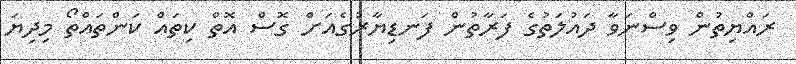
ރައްޔިތުން ވިސްނަވާ ދައުލަތުގެ ފަރާތުން ފަނޑިޔާރުގެއަށް ގޮސް އޮތް ކިތައް ކަންތައްތޯ މިދިޔަ